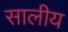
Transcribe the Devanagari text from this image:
सालीय